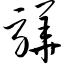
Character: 骅